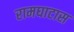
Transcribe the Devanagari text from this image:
रामघाटास